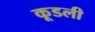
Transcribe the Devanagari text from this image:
कूडली